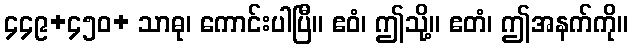
၄၄၉+၄၅၀+ သာဓု၊ ကောင်းပါပြီ။ ဧဝံ၊ ဤသို့။ ဧတံ၊ ဤအနက်ကို။